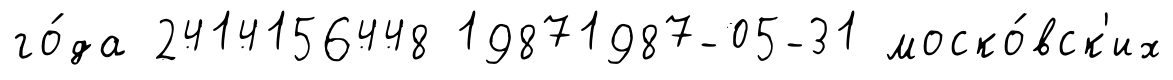
го́да 2414156448 19871987-05-31 моско́вск'их